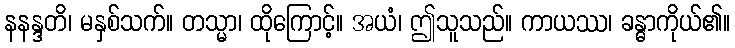
နနန္ဒတိ၊ မနှစ်သက်။ တသ္မာ၊ ထိုကြောင့်။ အယံ၊ ဤသူသည်။ ကာယဿ၊ ခန္ဓာကိုယ်၏။